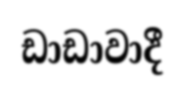
ඩාඩාවාදී